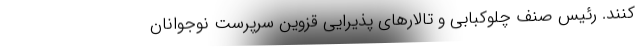
کنند. رئیس صنف چلوکبابی و تالارهای پذیرایی قزوین سرپرست نوجوانان